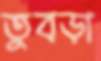
তুবড়া